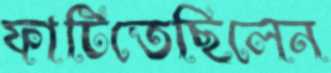
ফাটিতেছিলেন